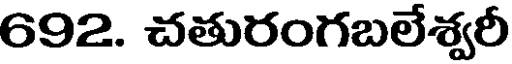
692. చతురంగబలేశ్వరీ